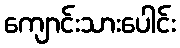
ကျောင်းသားပေါင်း